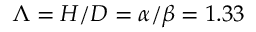
\Lambda = H / D = \alpha / \beta = 1 . 3 3